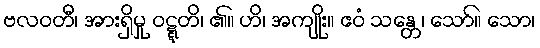
ဗလဝတီ၊ အားရှိမှု ဝဋ္ဋတိ၊ ၏။ ဟိ၊ အကျိုး။ ဧဝံ သန္တေ၊ သော်။ သော၊